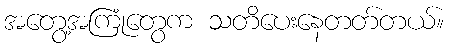
အတွေ့အကြုံတွေက သတိပေးနေတတ်တယ်။